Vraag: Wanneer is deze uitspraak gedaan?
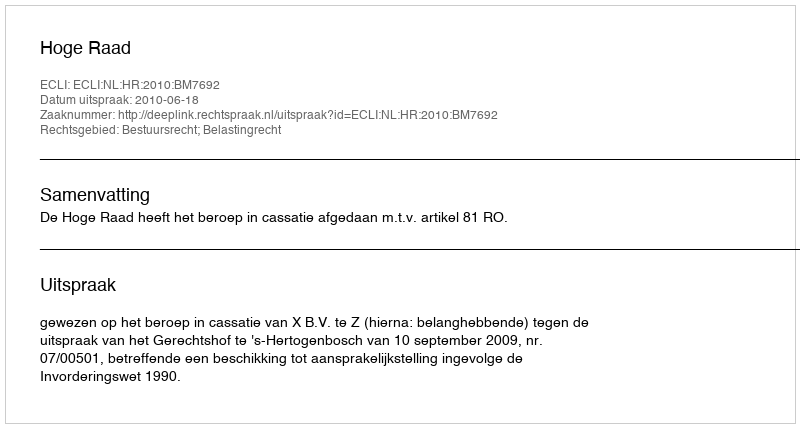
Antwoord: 2010-06-18